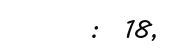
:  18